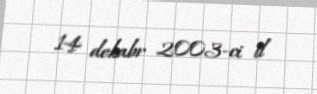
14 dekabr 2003-ci il